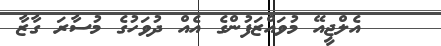
އެލްޖީއޭ މުވައްޒަފުންގެ އެއް ދުވަހުގެ މުސާރަ ގާޒާ